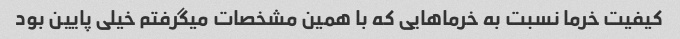
کیفیت خرما نسبت به خرماهایی که با همین مشخصات میگرفتم خیلی پایین بود